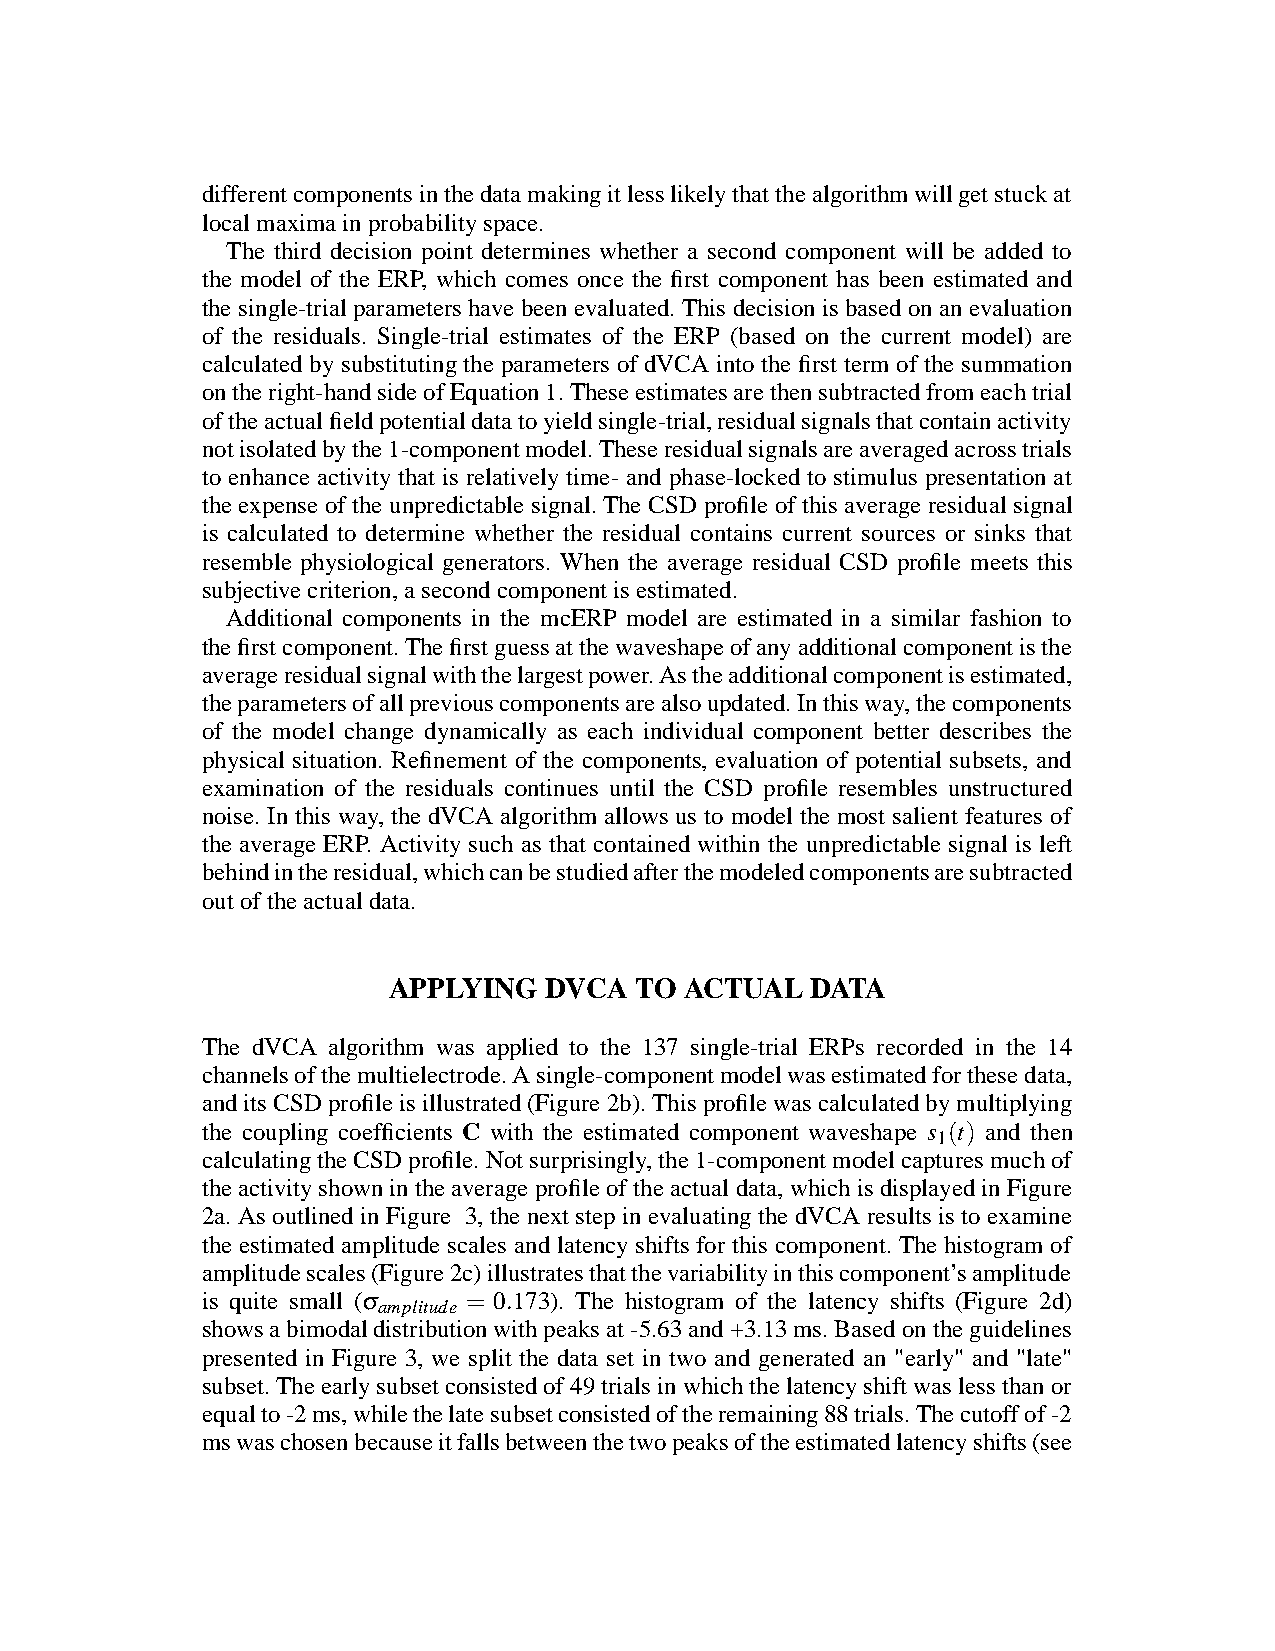
differentcomponentsinthedatamakingitlesslikelythatthealgorithmwillgetstuckat
 localmaximainprobabilityspace.
 The third decision point determines whether a second component will be added to
 the model of the ERP, which comes once the first component has been estimated and
 the single-trialparameters have been evaluated.This decisionis based on an evaluation
 of the residuals. Single-trial estimates of the ERP (based on the current model) are
 calculated by substitutingthe parameters of dVCA into the first term of the summation
 ontheright-handsideofEquation1.Theseestimatesarethensubtractedfromeachtrial
 oftheactualfieldpotentialdatatoyieldsingle-trial,residualsignalsthatcontainactivity
 notisolatedbythe1-componentmodel.Theseresidualsignalsareaveragedacrosstrials
 to enhance activity that is relatively time- and phase-locked to stimulus presentation at
 theexpense of the unpredictable signal.The CSD profile of thisaverage residualsignal
 is calculated to determine whether the residual contains current sources or sinks that
 resemble physiological generators. When the average residual CSD profile meets this
 subjectivecriterion,asecondcomponentisestimated.
 Additional components in the mcERP model are estimated in a similar fashion to
 thefirstcomponent.Thefirstguessatthewaveshapeofanyadditionalcomponentisthe
 averageresidualsignalwiththelargestpower.Astheadditionalcomponentisestimated,
 theparametersofallpreviouscomponentsarealsoupdated.Inthisway,thecomponents
 of the model change dynamically as each individual component better describes the
 physical situation. Refinement of the components, evaluation of potential subsets, and
 examination of the residuals continues until the CSD profile resembles unstructured
 noise. In this way, the dVCA algorithm allows us to model the most salient features of
 the average ERP. Activity such as that contained within the unpredictable signal is left
 behindintheresidual,whichcanbestudiedafterthemodeledcomponentsaresubtracted
 outoftheactualdata.
 APPLYING  DVCA  TO ACTUAL   DATA
 The dVCA algorithm was applied to the 137 single-trial ERPs recorded in the 14
 channelsofthemultielectrode.Asingle-componentmodelwasestimatedforthesedata,
 anditsCSDprofileisillustrated(Figure2b).Thisprofilewascalculatedbymultiplying
 the coupling coefficients C with the estimated component waveshape s (t) and then
 1
 calculatingtheCSD profile.Notsurprisingly,the1-componentmodelcapturesmuchof
 theactivityshownintheaverage profileof theactual data,whichisdisplayedinFigure
 2a. As outlinedin Figure 3, the next step in evaluatingthe dVCA results is to examine
 the estimated amplitude scales and latency shifts for this component. The histogram of
 amplitudescales(Figure2c)illustratesthatthevariabilityinthiscomponent’samplitude
 is quite small (σ = 0.173). The histogram of the latency shifts (Figure 2d)
 amplitude
 showsabimodaldistributionwithpeaksat-5.63and+3.13ms.Basedontheguidelines
 presented in Figure 3, we split the data set in two and generated an "early" and "late"
 subset.Theearlysubsetconsistedof49trialsinwhichthelatencyshiftwaslessthanor
 equalto-2ms,whilethelatesubsetconsistedoftheremaining88trials.Thecutoffof-2
 mswaschosenbecauseitfallsbetweenthetwopeaksoftheestimatedlatencyshifts(see